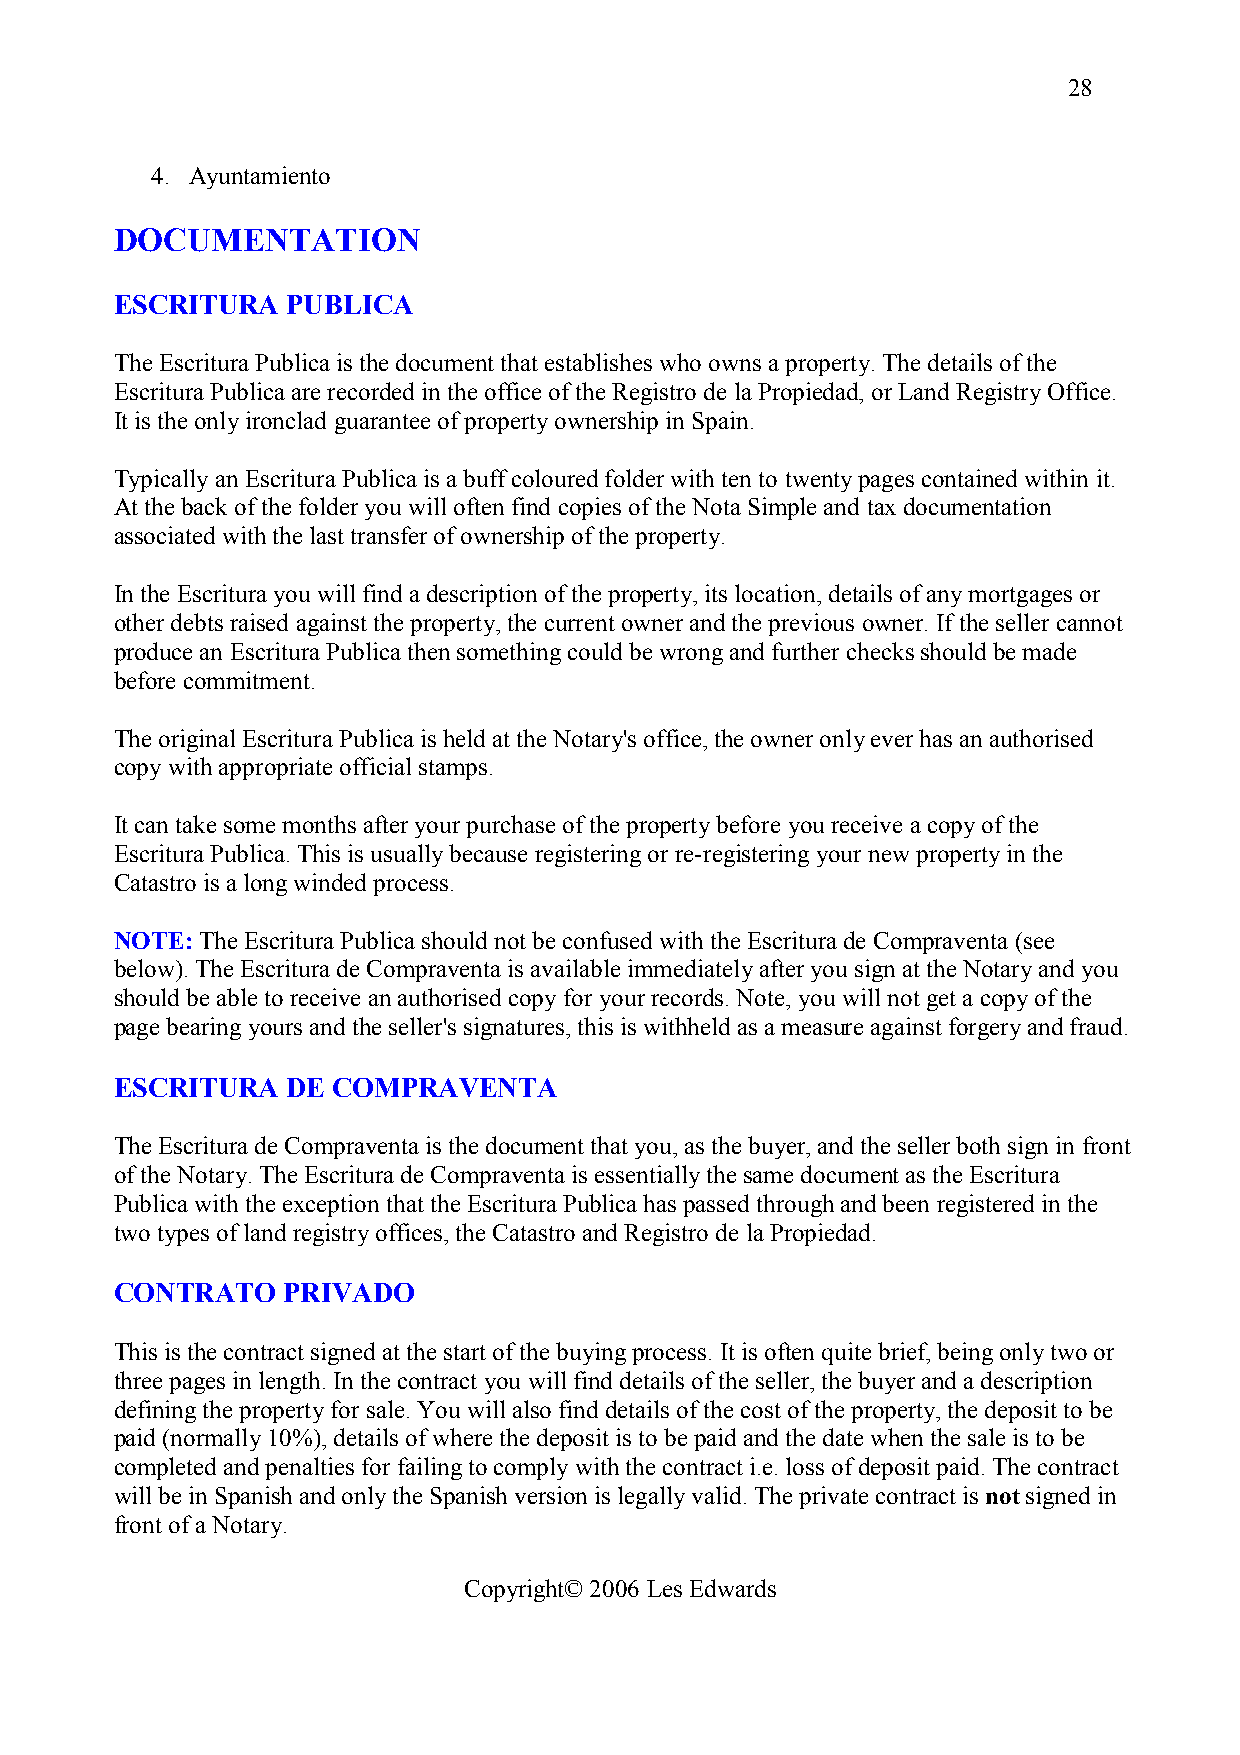
28
 4. Ayuntamiento
 DOCUMENTATION
 ESCRITURA  PUBLICA
 The Escritura Publica is the document that establishes who owns a property. The details of the
 Escritura Publica are recorded in the office of the Registro de la Propiedad, or Land Registry Office.
 It is the only ironclad guarantee of property ownership in Spain.
 Typically an Escritura Publica is a buff coloured folder with ten to twenty pages contained within it.
 At the back of the folder you will often find copies of the Nota Simple and tax documentation
 associated with the last transfer of ownership of the property.
 In the Escritura you will find a description of the property, its location, details of any mortgages or
 other debts raised against the property, the current owner and the previous owner. If the seller cannot
 produce an Escritura Publica then something could be wrong and further checks should be made
 before commitment.
 The original Escritura Publica is held at the Notary's office, the owner only ever has an authorised
 copy with appropriate official stamps.
 It can take some months after your purchase of the property before you receive a copy of the
 Escritura Publica. This is usually because registering or re-registering your new property in the
 Catastro is a long winded process.
 NOTE: The Escritura Publica should not be confused with the Escritura de Compraventa (see
 below). The Escritura de Compraventa is available immediately after you sign at the Notary and you
 should be able to receive an authorised copy for your records. Note, you will not get a copy of the
 page bearing yours and the seller's signatures, this is withheld as a measure against forgery and fraud.
 ESCRITURA  DE COMPRAVENTA
 The Escritura de Compraventa is the document that you, as the buyer, and the seller both sign in front
 of the Notary. The Escritura de Compraventa is essentially the same document as the Escritura
 Publica with the exception that the Escritura Publica has passed through and been registered in the
 two types of land registry offices, the Catastro and Registro de la Propiedad.
 CONTRATO   PRIVADO
 This is the contract signed at the start of the buying process. It is often quite brief, being only two or
 three pages in length. In the contract you will find details of the seller, the buyer and a description
 defining the property for sale. You will also find details of the cost of the property, the deposit to be
 paid (normally 10%), details of where the deposit is to be paid and the date when the sale is to be
 completed and penalties for failing to comply with the contract i.e. loss of deposit paid. The contract
 will be in Spanish and only the Spanish version is legally valid. The private contract is not signed in
 front of a Notary.
 Copyright© 2006 Les Edwards